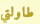
طاولتي